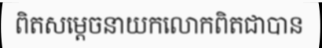
ពិតសម្តេចនាយកលោកពិតជាបាន